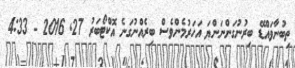
ތިބުނާވައްޑޭ ބިރުނުގަންނަންޔަ އަހަރުމެންވެސް ބިރެއްނުގަނެ އޮކްޓޯބަރު 27